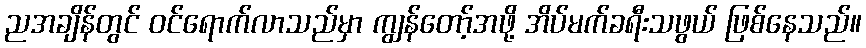
ညအချိန်တွင် ဝင်ရောက်လာသည်မှာ ကျွန်တော့်အဖို့ အိပ်မက်ခရီးသဖွယ် ဖြစ်နေသည်။